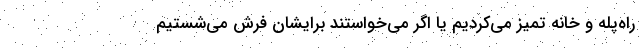
راه‌پله و خانه تمیز می‌کردیم یا اگر می‌خواستند برایشان فرش می‌شستیم